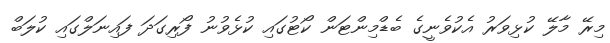
މިރޭ މާލޭ ކުޅިވަރު އެކުވެނީގެ ބެޑްމިންޓަން ކޯޓުގައި ކުޅެވުނު ފޯރިގަދަ ފައިނަލްގައި ކުލަބް